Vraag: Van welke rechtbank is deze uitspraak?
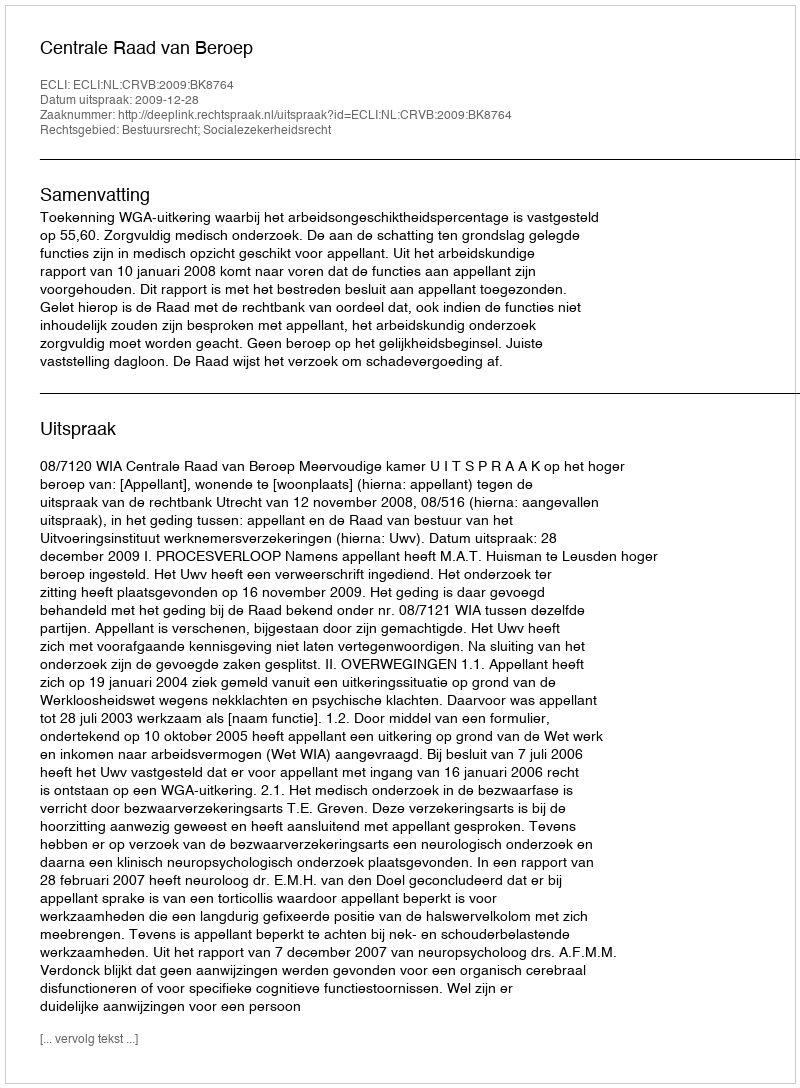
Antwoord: Centrale Raad van Beroep